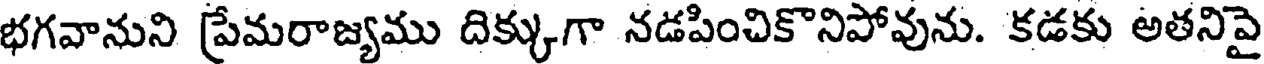
భగవానుని ప్రేమరాజ్యము దిక్కుగా నడపించికొనిపోవును. కడకు అతనివై